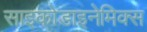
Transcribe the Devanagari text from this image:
साइकोडाइनेमिक्स